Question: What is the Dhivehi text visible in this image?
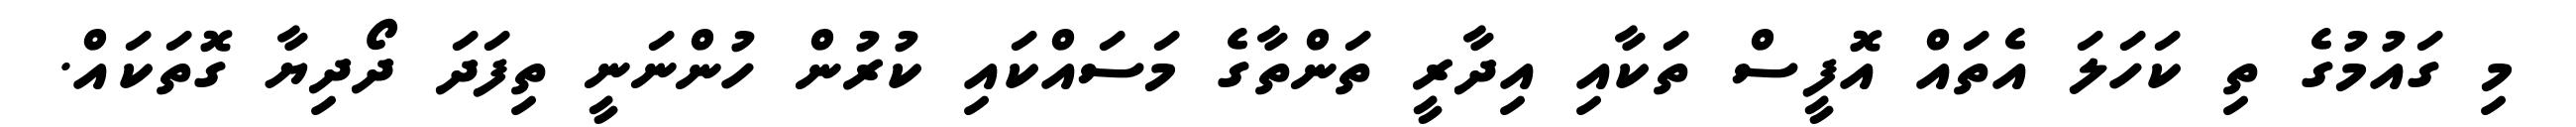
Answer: މި ގައުމުގެ ތި ކަހަލަ އެތައް އޮފީސް ތަކާއި އިދާރީ ތަންތާގެ މަސައްކައި ކުރުން ހުންނަނީ ތިފަދަ ދޯދިޔާ ގޮތަކައް.